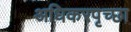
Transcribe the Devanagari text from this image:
अधिकरपृच्छा